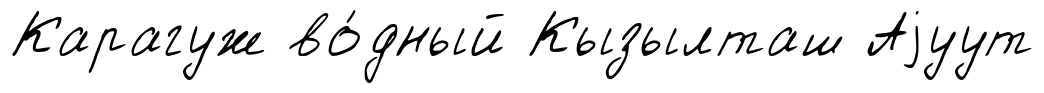
Карагуж во́дный Кызылташ Аjуут